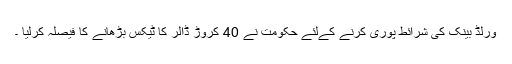
ورلڈ بینک کی شرائط پوری کرنے کےلئے حکومت نے 40 کروڑ ڈالر کا ٹیکس بڑھانے کا فیصلہ کرلیا ۔